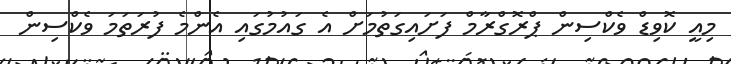
މިއީ ކޮވިޑް ވެކްސިން ޕްރޮގްރާމް ފަށައިގަތުމަށް އެ ގައުމުގައި އެންމެ ފުރަތަމަ ވެކްސިން